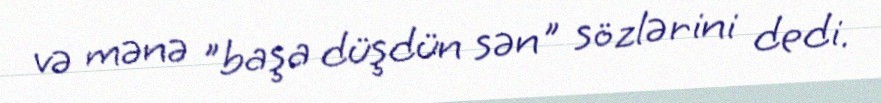
və mənə "başa düşdün sən" sözlərini dedi.